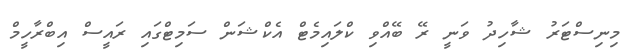
މިނިސްޓަރު ޝާހިދު ވަނީ ރޭ ބޭއްވި ކްލައިމެޓް އެކްޝަން ސަމިޓްގައި ރައީސް އިބްރާހީމް